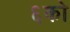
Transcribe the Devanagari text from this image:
६को